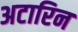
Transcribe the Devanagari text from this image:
अटारिन